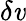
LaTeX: \delta\mathit{v}